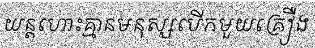
យន្តហោះគ្មានមនុស្សបើកមួយគ្រឿង